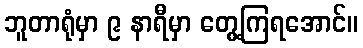
ဘူတာရုံမှာ ၉ နာရီမှာ တွေ့ကြရအောင်။